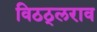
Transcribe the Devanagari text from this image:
विठठ्लराव